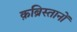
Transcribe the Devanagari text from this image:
क़ब्रिस्तानों